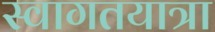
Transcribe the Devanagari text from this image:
स्वागतयात्रा